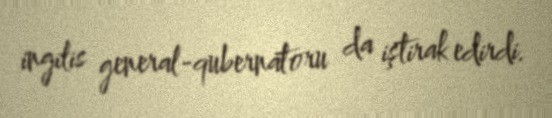
ingilis general-qubernatoru da iştirak edirdi.